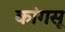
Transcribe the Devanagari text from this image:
कांगसू